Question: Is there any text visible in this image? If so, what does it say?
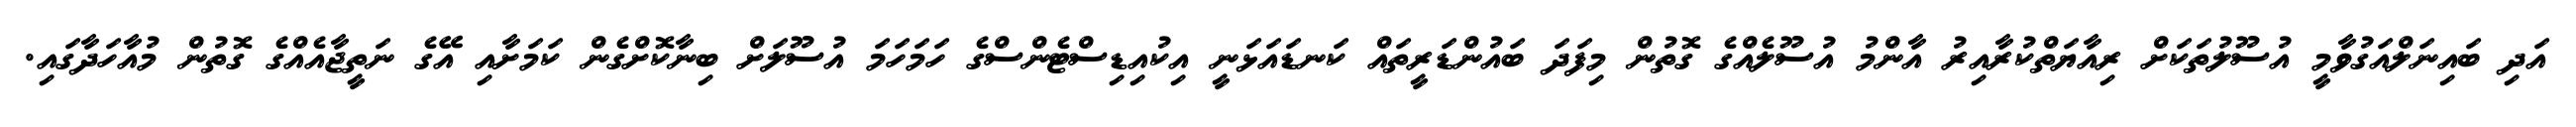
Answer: އަދި ބައިނަލްއަގުވާމީ އުސޫލުތަކަށް ރިއާޔަތްކުރާއިރު އާންމު އުސޫލެއްގެ ގޮތުން މިފަދަ ބައުންޑަރީތައް ކަނޑައަޅަނީ އިކުއިޑިސްޓެންސްގެ ހަމަހަމަ އުސޫލަށް ބިނާކޮށްގެން ކަމަށާއި އޭގެ ނަތީޖާއެއްގެ ގޮތުން މުއާހަދާގައި.